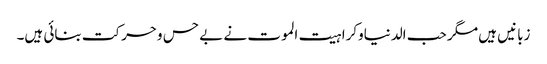
زبانیں ہیں مگر حب الدنیاوکراہیت الموت نے بے حس وحرکت بنائی ہیں۔